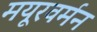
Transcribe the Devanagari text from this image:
मयूरवर्मन